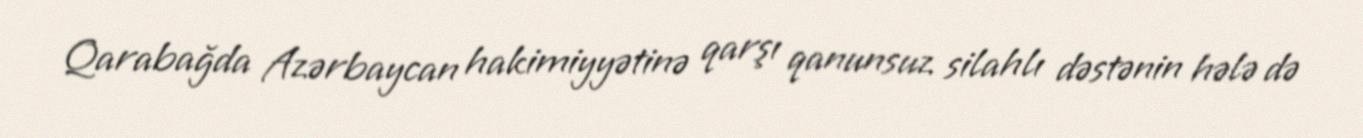
Qarabağda Azərbaycan hakimiyyətinə qarşı qanunsuz silahlı dəstənin hələ də